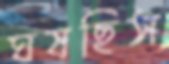
ঘষছিস